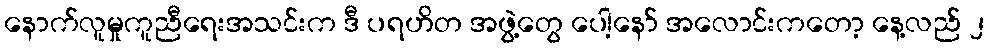
နောက်လူမှုကူညီရေးအသင်းက ဒီ ပရဟိတ အဖွဲ့တွေ ပေါ့နော် အလောင်းကတော့ နေ့လည် ၂